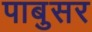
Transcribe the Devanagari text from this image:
पाबुसर